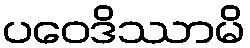
ပဝေဒိဿာမိ